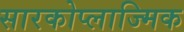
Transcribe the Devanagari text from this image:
सारकोप्लाज्मिक